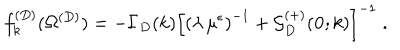
LaTeX: f _ { k } ^ { ( D ) } ( \Omega ^ { ( { D } ) } ) = - \Gamma _ { { D } } ( k ) \left[ \left( \lambda \, \mu ^ { \epsilon } \right) ^ { - 1 } + { \mathcal G } _ { { D } } ^ { ( + ) } ( { \bf 0 } ; k ) \right] ^ { - 1 } \; .